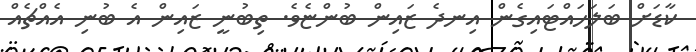
ކާޑަށް ބަލަހައްޓައިގެން އިނދެ ޒައިން ބުންޏެވެ. ތިބުނީ ޒައިން އެ ބުނި އެއްޗެއް